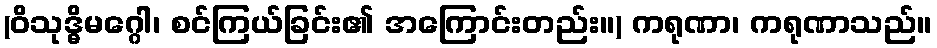
(ဝိသုဒ္ဓိမဂ္ဂေါ၊ စင်ကြယ်ခြင်း၏ အကြောင်းတည်း။) ကရုဏာ၊ ကရုဏာသည်။